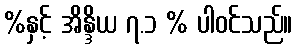
%နှင့် အိန္ဒိယ ၇.၁ % ပါဝင်သည်။